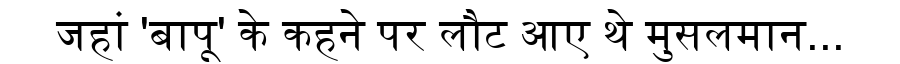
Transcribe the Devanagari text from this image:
जहां 'बापू' के कहने पर लौट आए थे मुसलमान...